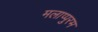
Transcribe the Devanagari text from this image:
मलाप्पुरम